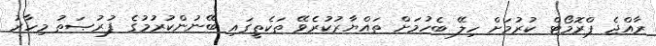
ރާއްޖެ ޕްރޮމޯޓް ކުރުމަށް ހިލޭ ބެހުމަށް ތައްޔާރުކުރެވޭ ތަކެތީގައި ބޭނުންކުރުމުގެ ފުރުޞަތު މިހާރު